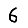
Digit: 6